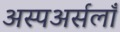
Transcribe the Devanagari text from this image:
अस्पअर्सलाँ